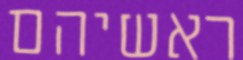
ראשיהם